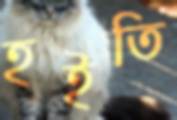
হইতি